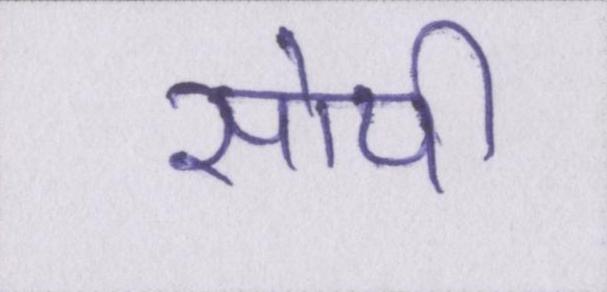
सोयी